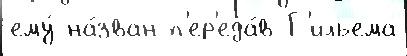
ему́ на́зван п'ер'еда́в Г'ильема